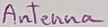
Text: Antenna